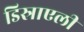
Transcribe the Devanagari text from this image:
डिस्राएली